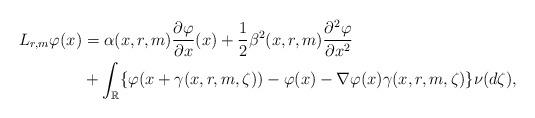
LaTeX: \begin{align*}L_{r,m}\varphi(x)&= \alpha(x,r,m)\frac{\partial \varphi}{\partial x}(x) + \frac{1}{2} \beta^2(x,r,m)\frac{\partial^{2} \varphi}{\partial x^2}\\&+\int_{\mathbb{R}} \{ \varphi(x+\gamma(x,r,m,\zeta))-\varphi(x)-\nabla\varphi(x) \gamma(x,r,m,\zeta) \} \nu(d\zeta),\end{align*}